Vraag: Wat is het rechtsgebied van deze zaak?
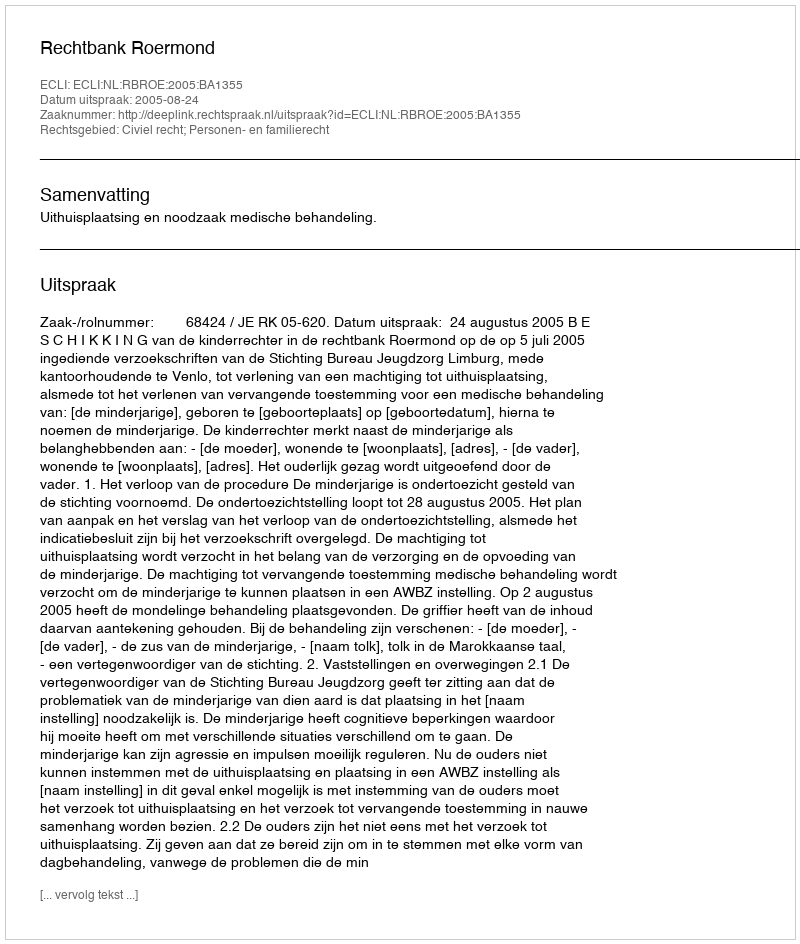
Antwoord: Civiel recht; Personen- en familierecht